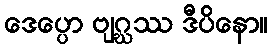
ဒေပ္ပော ဗျဂ္ဃဿ ဒီပိနော။